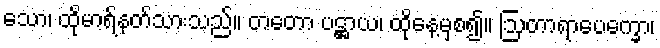
သော၊ ထိုမာရ်နတ်သားသည်။ တတော ပဋ္ဌာယ၊ ထိုနေ့မှစ၍။ ဩတာရာပေက္ခော၊